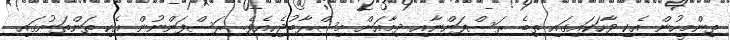
ތިންމީހުން އެކި ވާހަކައިގައި ތިބެ ރަސްފަންނާއި ދިމާއަށް މިސްރާބުޖެހިއެވެ. ރަސްފަންނުން އެކި ތަންތަނުގައި